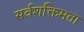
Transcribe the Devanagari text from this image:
सर्वशक्तिमता